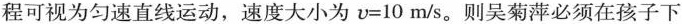
程可视为匀速直线运动，速度大小为υ=10m/s。则吴菊萍必须在孩子下